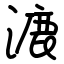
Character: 漉